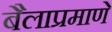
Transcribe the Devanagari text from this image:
बैलाप्रमाणे